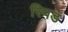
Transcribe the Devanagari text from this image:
स्पिड